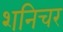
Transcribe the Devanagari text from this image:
शनिचर